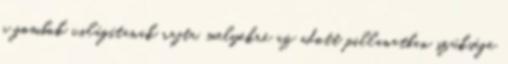
a gombok világítanak rajta, melyekre az adott pillanatban szüksége